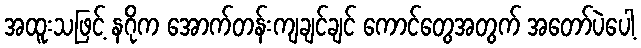
အထူးသဖြင့် နဂိုက အောက်တန်းကျချင်ချင် ကောင်တွေအတွက် အတော်ပဲပေါ့